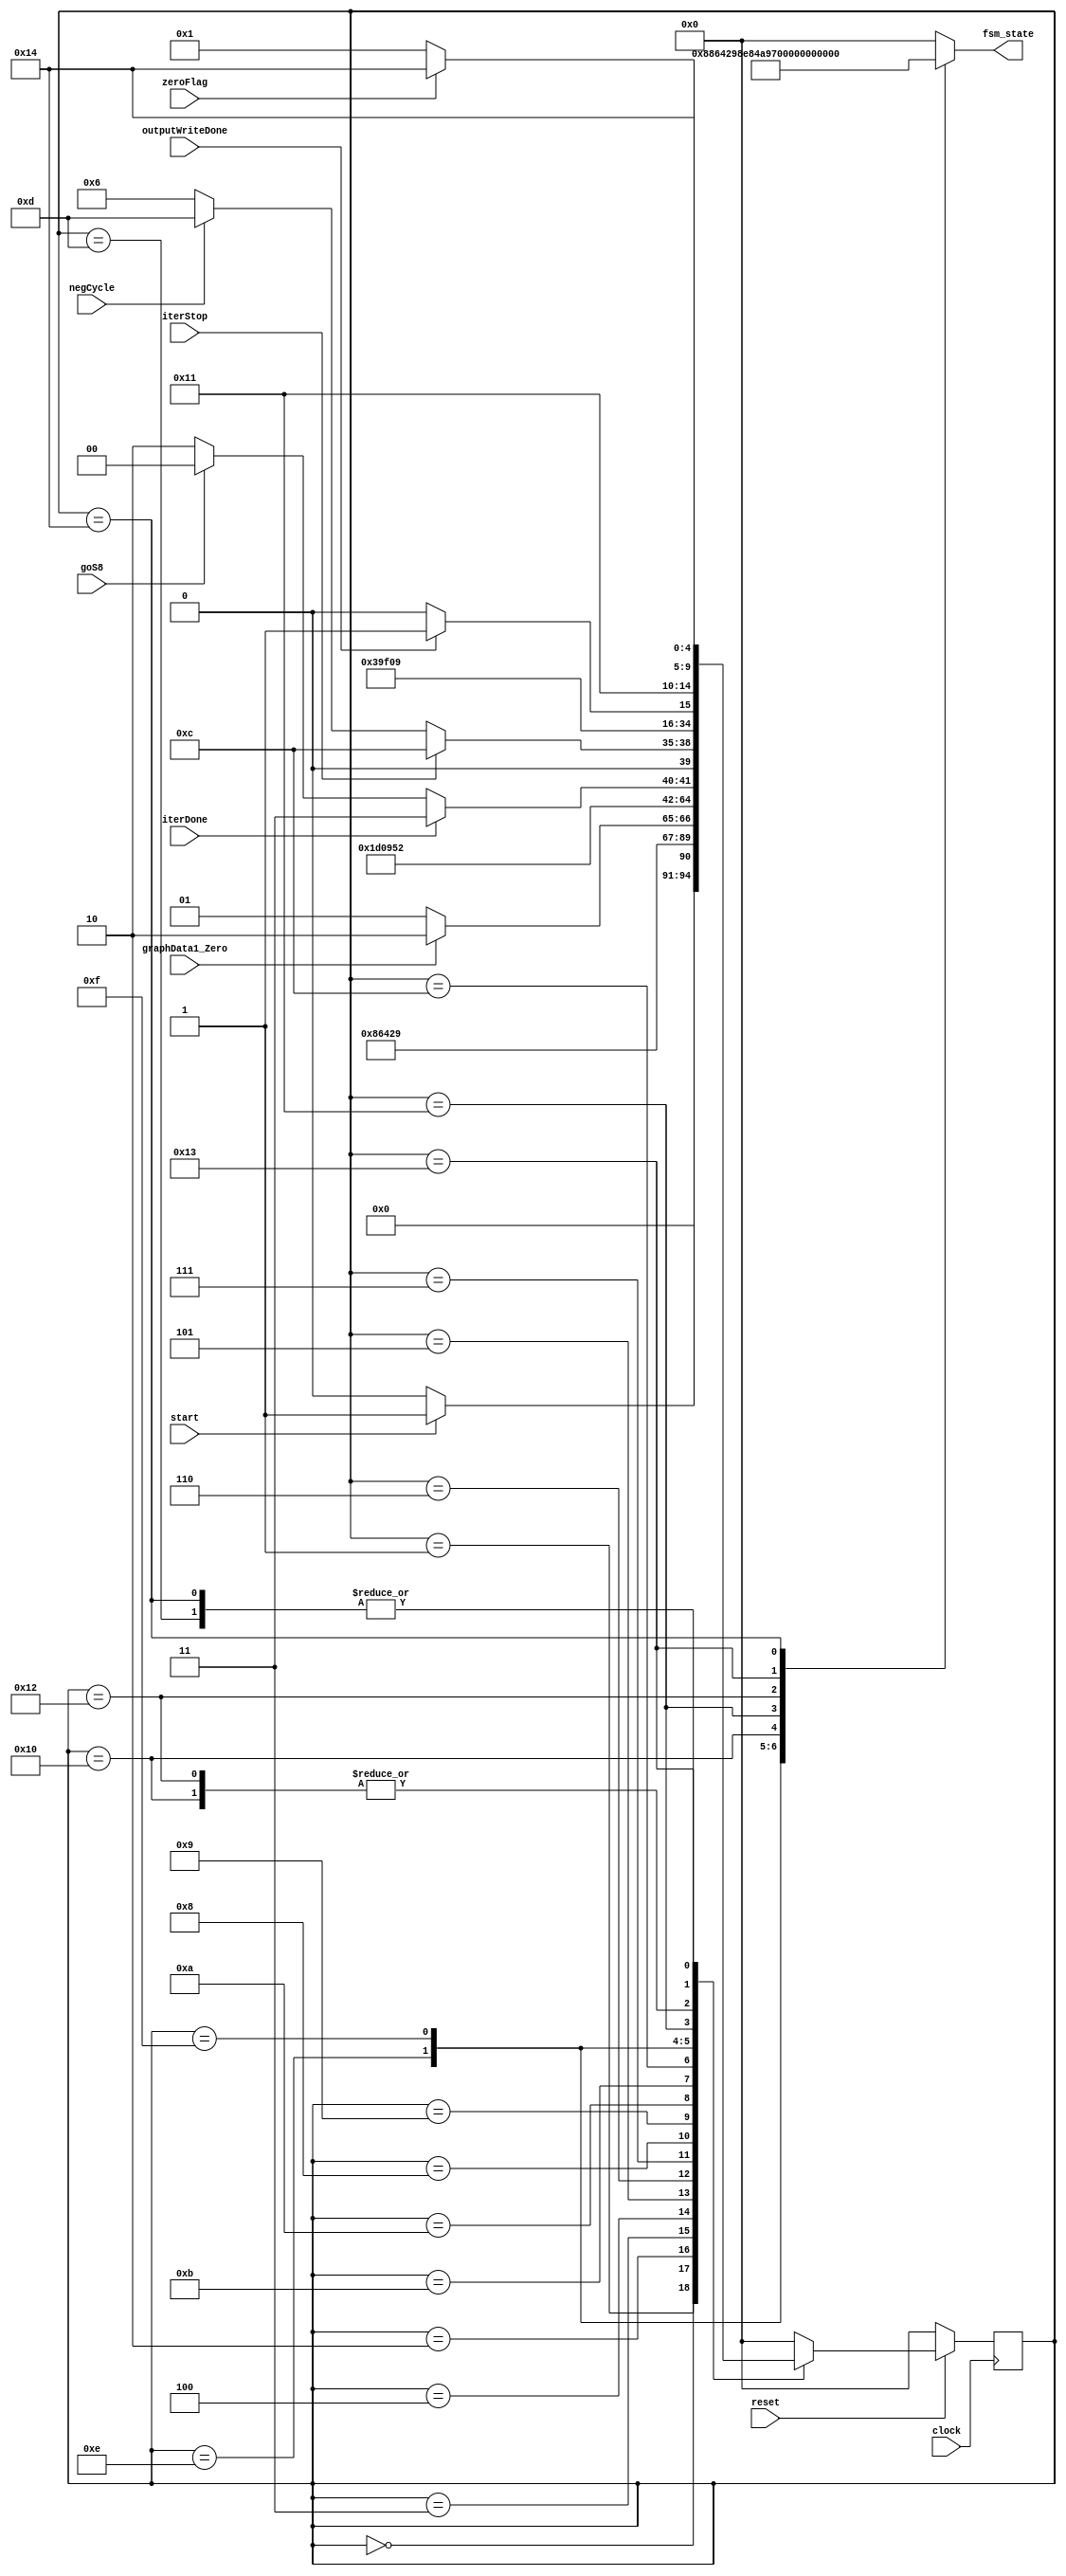
/*Module FSM*/

module fsm (clock, reset, start, graphData1_Zero, iterDone, iterStop, negCycle, zeroFlag, outputWriteDone, goS8, fsm_state);

input clock;
input reset;
input start;

//From datapath
input graphData1_Zero;
input iterDone, iterStop, negCycle;
input outputWriteDone, zeroFlag;
input goS8;

output reg [4:0] fsm_state;

parameter [4:0] S0 = 5'd0,
S1 = 5'd1,
S2 = 5'd2,
S3 = 5'd3,
S4 = 5'd4,
S5 = 5'd5,
S6 = 5'd6,
S7 = 5'd7,
S8 = 5'd8,
S9 = 5'd9,
S10 = 5'd10,
S11 = 5'd11,
S12 = 5'd12,
S13 = 5'd13,
S14 = 5'd14,
S15 = 5'd15,
S16 = 5'd16,
S17 = 5'd17,
S18 = 5'd18,
S19 = 5'd19,
S20 = 5'd20;

reg [4:0] current_state, next_state;

always@(posedge clock)
begin
	if(!reset) current_state <= S0;
	else current_state <= next_state;
end

always@(*)
begin
case(current_state)

	S0: 
	begin	
	 if (start)
		next_state = S1;
	else next_state = S0;

	fsm_state = 5'd0;

	end
	
	S1:
	begin
		fsm_state = 5'd1;
		
		if (!reset) next_state = S0;
		else next_state = S2;
	end
	
	S2:
	begin
		fsm_state = 5'd2;
		
		if (!reset) next_state = S0;
		else next_state = S3;
	end
	
	S3:
	begin
		fsm_state = 5'd3;
		
		if (!reset) next_state = S0;
		else next_state = S4;		
	end
	
	S4:
	begin
		fsm_state = 5'd4;
	
		if (!reset) next_state = S0;
		else next_state = S5;
	end	
	
	S5:
	begin
		fsm_state = 5'd5;
			
		if (!reset) next_state = S0;
		else if (graphData1_Zero) 
		next_state = S6;
		else next_state = S5;
	end
	
	S6:
	begin
		fsm_state = 5'd6;
	
		if (!reset) next_state = S0;
		else next_state = S7;
	end
	
	S7:
	begin
		fsm_state = 5'd7;
	  
		if (!reset) next_state = S0;
		else next_state = S8;
	end
	
	S8:
	begin
		fsm_state = 5'd8;
	  
		if (!reset) next_state = S0;
		else next_state = S9;
	end
	
	S9:
	begin
		fsm_state = 5'd9;
	  
		if (!reset) next_state = S0;
		else next_state = S10;
	end
	
	S10:
	begin
		fsm_state = 5'd10;
		
		if (!reset) next_state = S0;	
		else if ( iterDone == 1'b1 )
		next_state = S11;
		else if ( goS8 == 1'b1 )
		next_state = S8;
		else next_state = S10;
	end
	
	S11:
	begin
		fsm_state = 5'd11;
	
		if (!reset) next_state = S0;	
		else if ( iterStop == 1'b1 )
		next_state = S12;
		else if ( negCycle == 1'b1 )
		next_state = S13;
		else next_state = S6;
	end	
	
	S12:
	begin
		fsm_state = 5'd12;
	
	if (!reset) next_state = S0;
	else next_state = S14;
		
	end
	
	S13:
	begin
		fsm_state = 5'd13;
		
	if (!reset) next_state = S0;
	else next_state = S20;
	end
	
	S14:
	begin
		fsm_state = 5'd14;
		
	if (!reset) next_state = S0;
	else next_state = S15;
	end
	
	S15:
	begin
		fsm_state = 5'd15;
		
	if (!reset) next_state = S0;
	else next_state = S16;
	end
	
	S16:
	begin
		fsm_state = 5'd16;
		
	if (!reset) next_state = S0;
	else next_state = S17;
	end
	
	S17:
	begin
		fsm_state = 5'd17;
		
	if (!reset) next_state = S0;
	else if ( outputWriteDone == 1 )
	next_state = S19;
	else next_state = S18;
	end
	
	S18:
	begin
		fsm_state = 5'd18;
		
	if (!reset) next_state = S0;
	else next_state = S17;
	end
	
	S19:
	begin
		fsm_state = 5'd19;
		
	if (!reset) next_state = S0;
	else if ( zeroFlag == 1 )
	next_state = S20;
	else next_state = S1;	
	end
	
	S20:
	begin

		fsm_state = 5'd20;
	
	if (!reset) next_state = S0;
	else next_state = S20;
	end
	
	default:
	begin

	next_state = S0;

	fsm_state = 5'd0;

	end	
endcase

end

endmodule